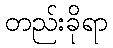
တည်းခိုရာ